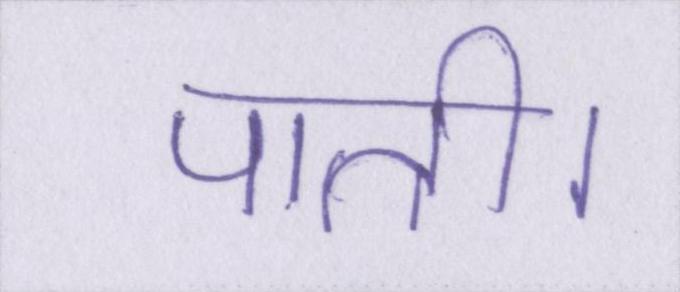
पाती।